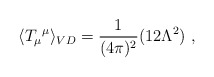
\begin{align*}\langle {T_{\mu}}^{\mu}\rangle_{VD}=\frac{1}{(4\pi)^{2}}(12\Lambda^{2})\ ,\end{align*}